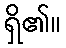
ရှိ၏။